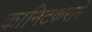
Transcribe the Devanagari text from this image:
कानिटकराने